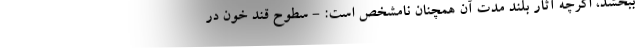
ببخشد، اگرچه آثار بلند مدت آن همچنان نامشخص است: - سطوح قند خون در